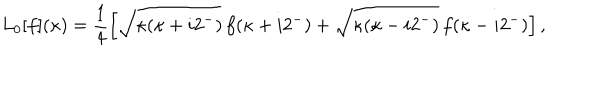
L _ { 0 } [ f ] ( \kappa ) = \frac { 1 } { 4 } \left[ \sqrt { \kappa ( \kappa + i 2 ^ { - } ) } \, f ( \kappa + i 2 ^ { - } ) + \sqrt { \kappa ( \kappa - i 2 ^ { - } ) } \, f ( \kappa - i 2 ^ { - } ) \right] ,